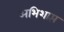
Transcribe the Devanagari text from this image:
अभिशाप्त